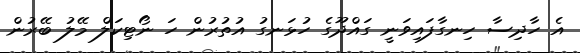
އެ ހާދިސާ ހިނގާފައިވަނީ ގައްދޫގެ ހުޅަނގު އުތުރުން ހަ ނޯޓިކަލް މޭލު ބޭރުން